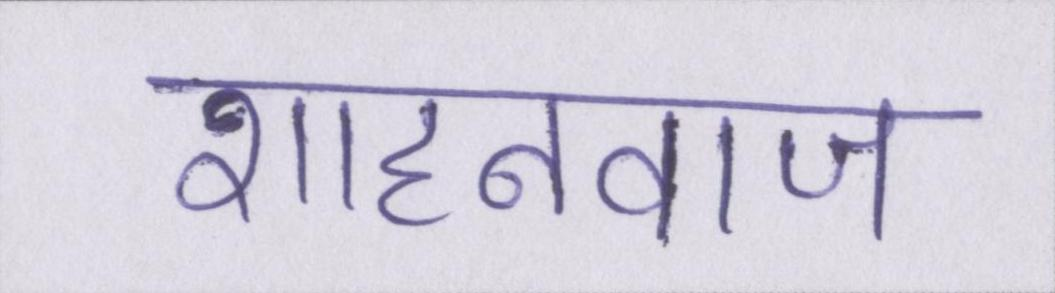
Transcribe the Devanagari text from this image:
शाहनवाज